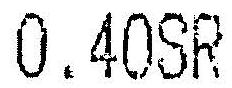
0.40SR